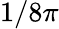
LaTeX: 1/8\pi